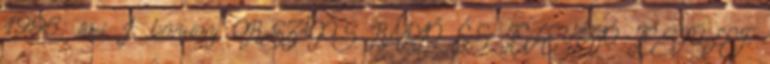
1996. évi I. törvény ORSZÁGOS RÁDIÓ ÉS TELEVÍZIÓ TESTÜLET.